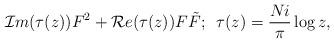
LaTeX: \begin{align*}{\cal I}m(\tau(z))F^2+{\cal R}e(\tau(z))F\tilde{F};\,\,\, \tau(z)={Ni\over \pi}\log z ,\end{align*}